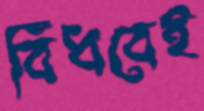
বিঁধবেই